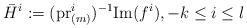
LaTeX: \begin{align*}\bar{H}^{i}:= (\mathrm{pr}^{i}_{(m)})^{-1} \mathrm{Im} (f^{i}), -k\leq i\leq l\end{align*}